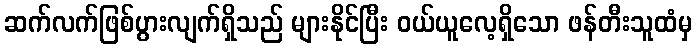
ဆက်လက်ဖြစ်ပွားလျက်ရှိသည် များနိုင်ပြီး ဝယ်ယူလေ့ရှိသော ဖန်တီးသူထံမှ